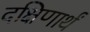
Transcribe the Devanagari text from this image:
दक्षिणार्थं